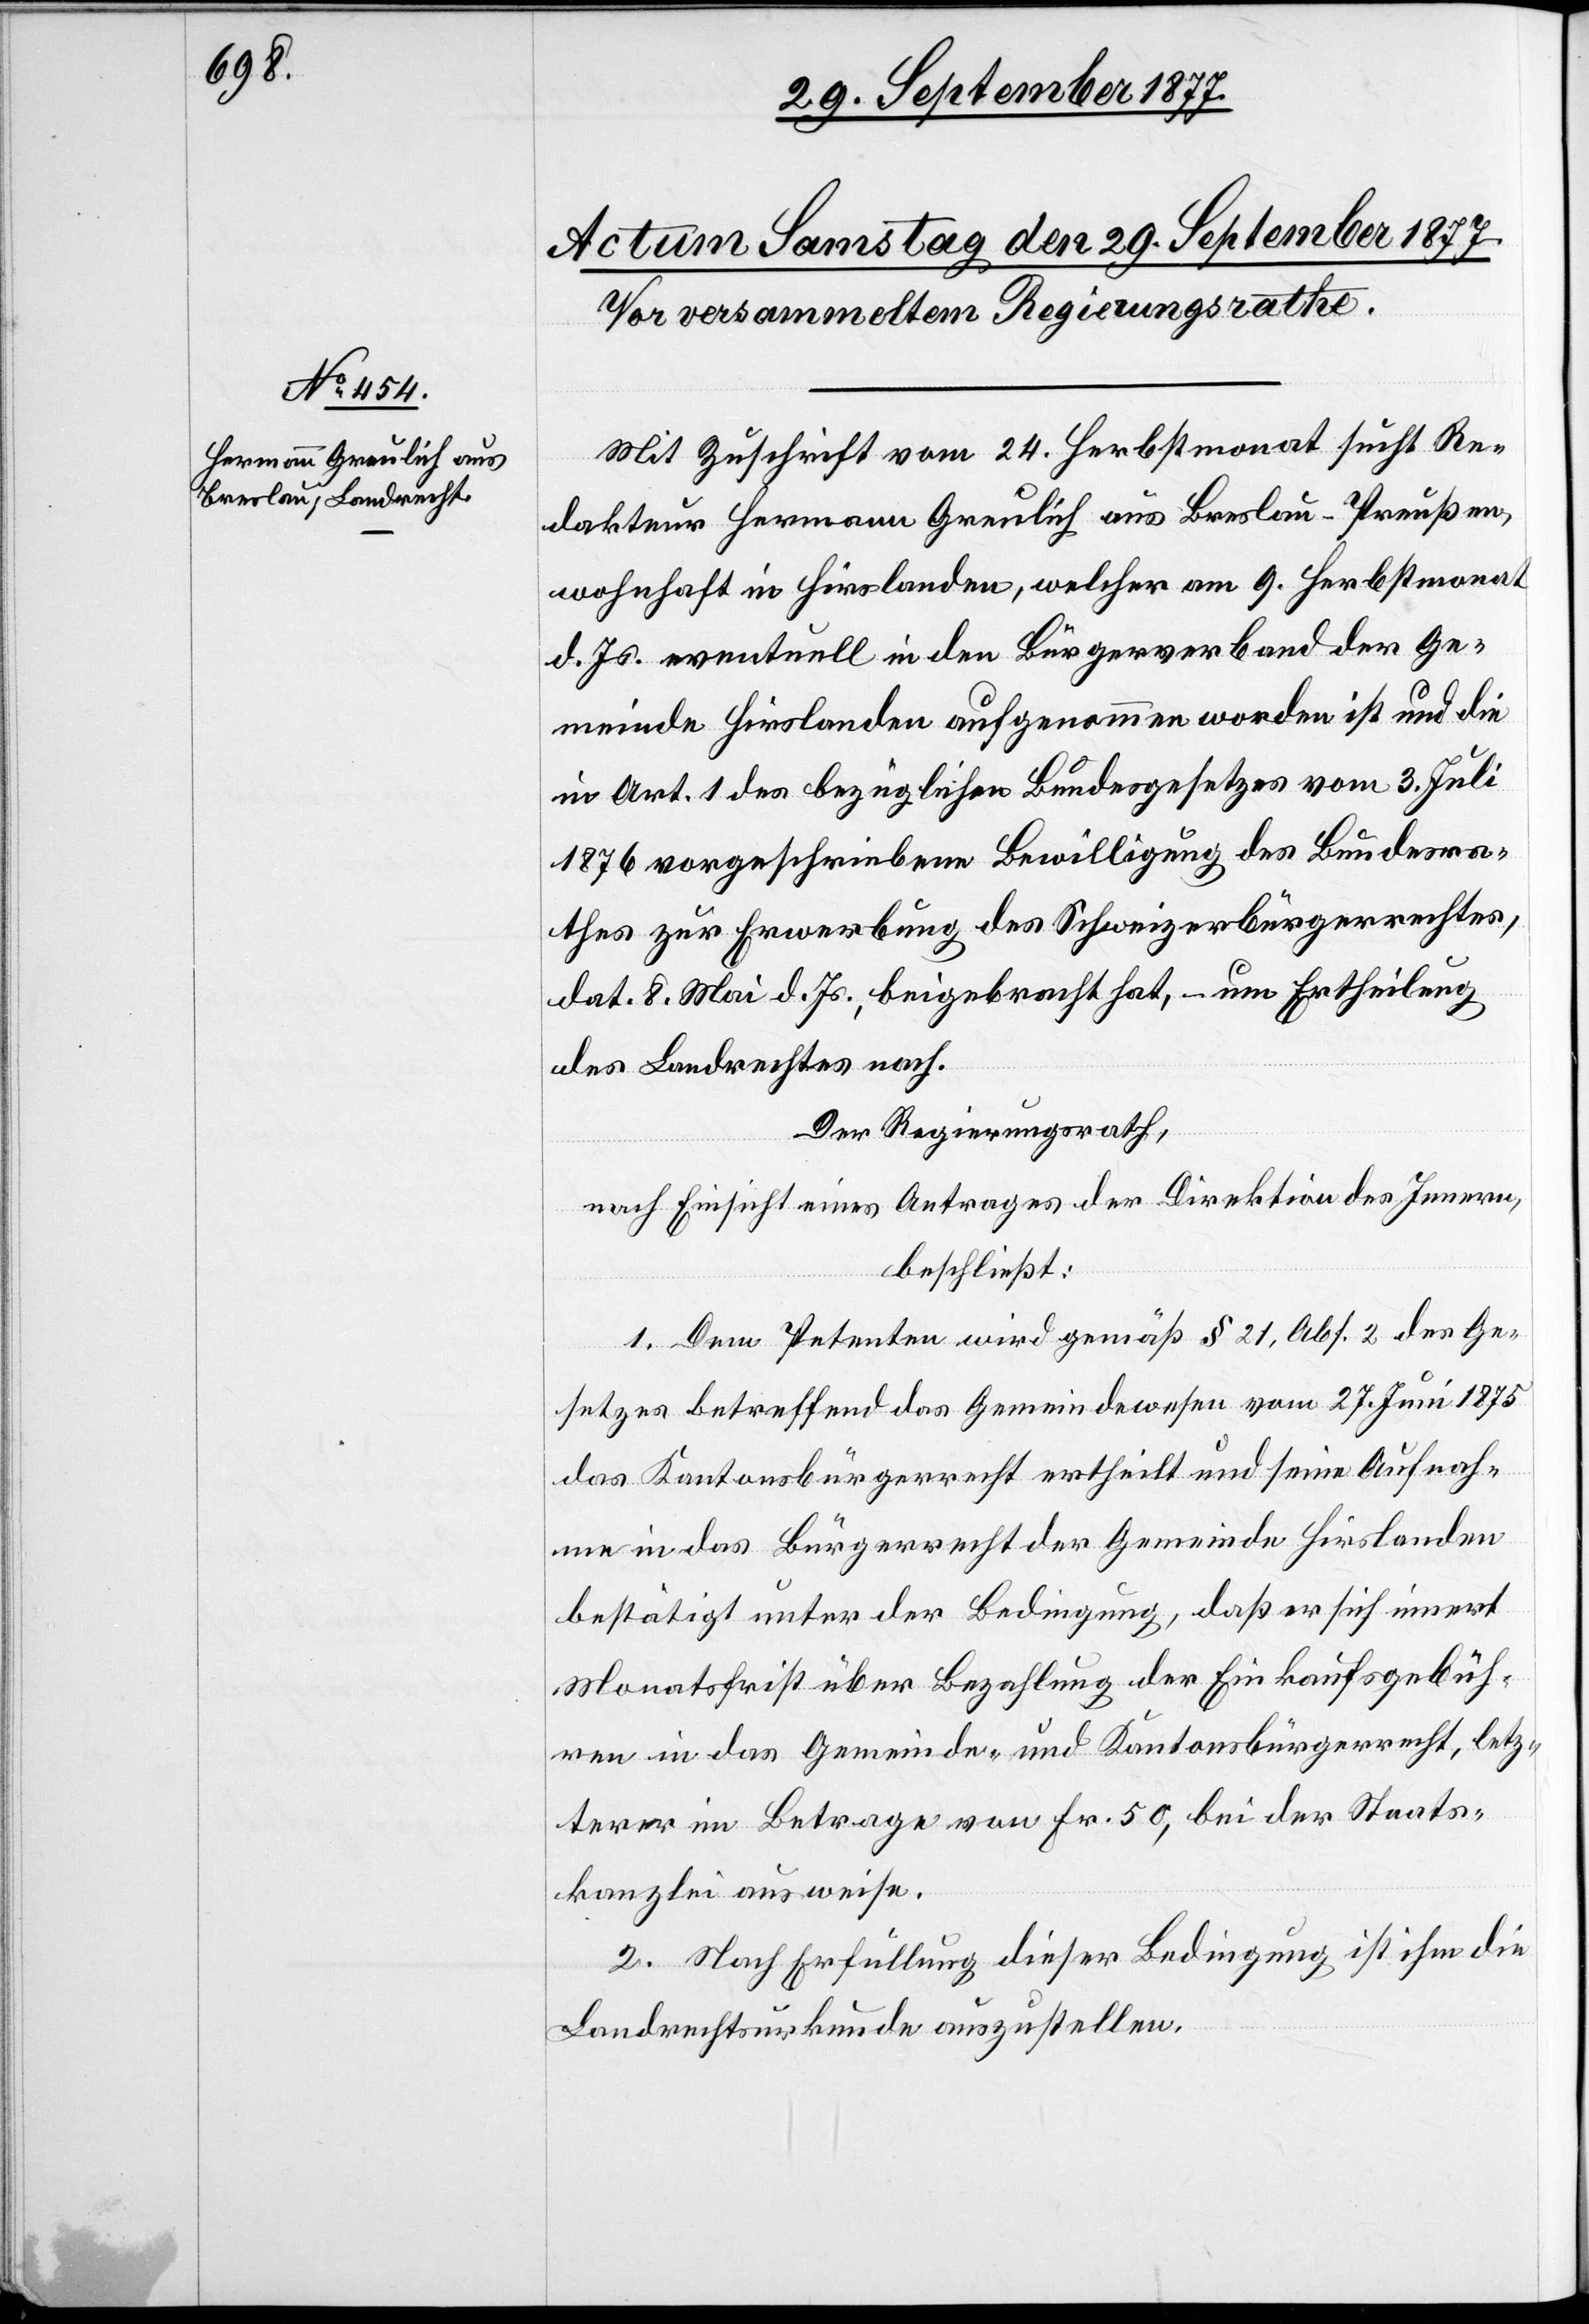
Mit Zuschrift vom 24. Herbstmonat sucht Re¬
dakteur Hermann Greulich aus Breslau - Preußen,
wohnhaft in Hirslanden, welcher am 9. Herbstmonat
d. Js. eventuell in den Bürgerverband der Ge¬
meinde Hirslanden aufgenommen worden ist und die
in Art. 1 des bezüglichen Bundesgesetzes vom 3. Juli
1876 vorgeschriebene Bewilligung des Bundesra¬
thes zur Erwerbung des Schweizerbürgerrechtes,
dat. 8. Mai d. Js., beigebracht hat, – um Ertheilung
des Landrechtes nach.
Der Regierungsrath,
nach Einsicht eines Antrages der Direktion des Innern,
beschließt:
1. Dem Petenten wird gemäß § 21, Abs. 2 des Ge¬
setzes betreffend das Gemeindewesen vom 27. Juni 1875
das Kantonsbürgerrecht ertheilt und seine Aufnah¬
me in das Bürgerrecht der Gemeinde Hirslanden
bestätigt[,] unter der Bedingung, daß er sich innert
Monatsfrist über Bezahlung der Einkaufsgebüh¬
ren in das Gemeinde- und Kantonsbürgerrecht, letz¬
terer im Betrage von Fr. 50, bei der Staats¬
kanzlei ausweise.
2. Nach Erfüllung dieser Bedingung ist ihm die
Landrechtsurkunde auszustellen.